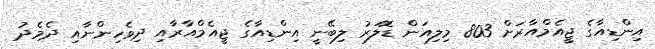
އިންޑިއާގެ ޖީއެމްއާރަށް 803 މިލިއަން ޑޮލަރު ލިބޭނީ އިންޑިއާގެ ޖީއެމްއާރާއި ދިވެހިންނާއި ދެމެދު